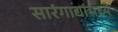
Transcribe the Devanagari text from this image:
सारंगाद्यांमध्ये